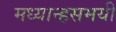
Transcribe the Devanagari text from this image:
मध्यान्हसमयी